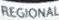
REGIONAL